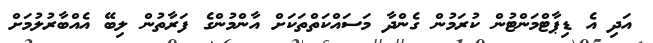
އަދި އެ ޑިޕާޓްމަންޓުން ކުރަމުން ގެންދާ މަސައްކަތްތަކަށް އާންމުންގެ ފަރާތުން ލިބޭ އެއްބާރުލުމަށް